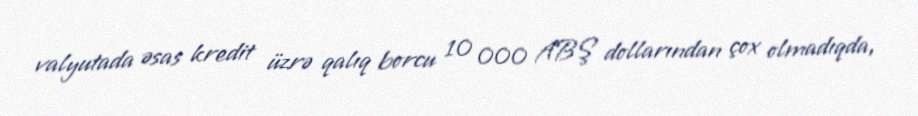
valyutada əsas kredit üzrə qalıq borcu 10 000 ABŞ dollarından çox olmadıqda,